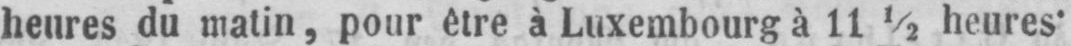
heures du matin, pour être à Luxembourg à 11½ heures’